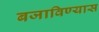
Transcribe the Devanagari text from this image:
बजाविण्यास